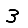
Digit: 3